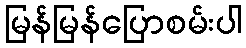
မြန်မြန်ပြောစမ်းပါ